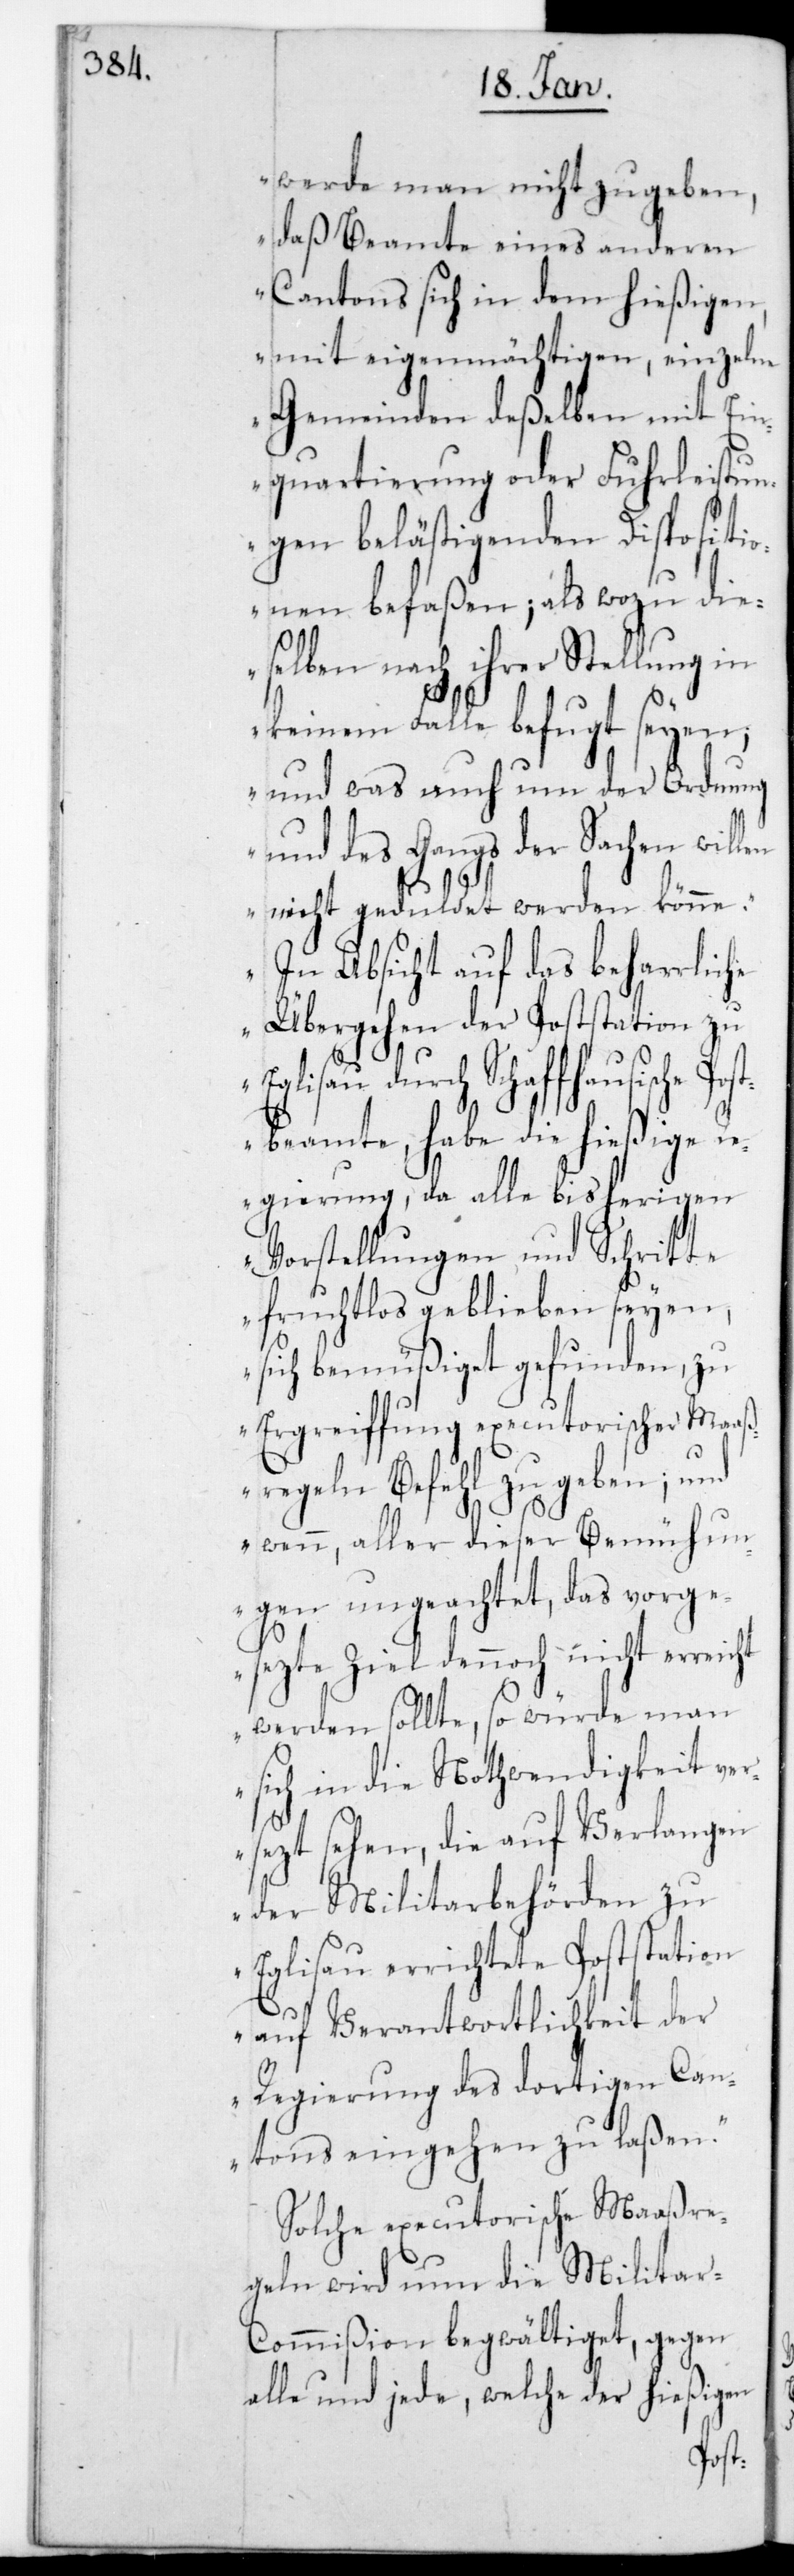
werde man nicht zugeben,
daß Beamte eines anderen
Cantons sich in dem hießigen,
mit eigenmächtigen, einzelne
Gemeinden deßelben mit Ein¬
quartierung oder Fuhrleistun¬
gen belästigenden Dispositi¬
onen befaßen; als wozu die¬
selben nach ihrer Stellung in
keinem Falle befugt seien,
und was auch um der Ordnung
und des Gangs der Sachen willen
nicht geduldet werden könne.
In Absicht auf das beharrliche
Übergehen der Poststation zu
durch schaffhausische
beamte, habe die hießige
Regierung, da alle bisherigen
Vorstellungen und Schritte
fruchtlos geblieben seien,
sich bemüßiget gefunden, zu
Ergreifung executorischer Maaß¬
regeln Befehl zu geben; und
wenn aller dieser Bemühun¬
gen ungeachtet, das vorge¬
setzte Ziel dennoch nicht erreicht
werden sollte, so würde man
sich in die Nothwendigkeit ver¬
setzt sehen, die auf Verlangen
der Militarbehörden zu
Eglisau errichtete Poststation
auf Verantwortlichkeit der
Regierung des dortigen Can¬
tons eingehen zu laßen“.
Solche executorische Maaßre¬
geln wird nun die Militar-C¬
ommißion begwältiget, gegen
alle und jede, welche der hießigen
Post¬